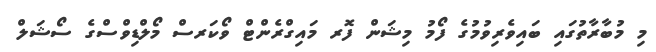
މި މުބާރާތުގައި ބައިވެރިވުމުގެ ފޯމު މިޝަން ފޮރ މައިގްރެންޓް ވޯކަރސް މޯލްޑިވްސްގެ ސޯޝަލް